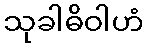
သုခါဓိဝါဟံ